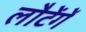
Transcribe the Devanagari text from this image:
लौटेंगें